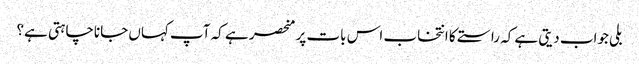
بلی جواب دیتی ہے کہ راستے کا انتخاب اس بات پر منحصر ہے کہ آپ کہاں جاناچاہتی ہے؟